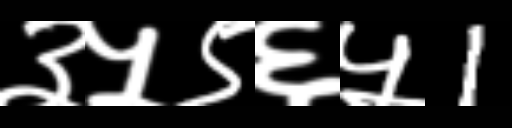
Text: ३५९६५1